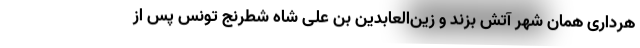
هرداری همان شهر آتش بزند و زین‌العابدین بن علی شاه شطرنج تونس پس از